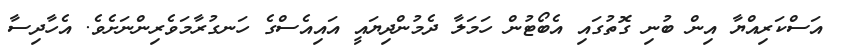
އަސްކަރިއްޔާ އިން ބުނި ގޮތުގައި އެބޯޓުން ހަމަލާ ދެމުންދިޔައީ އައިއެސްގެ ހަނގުރާމަވެރިންނަށެވެ. އެހާދިސާ